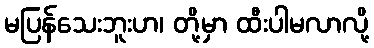
မပြန်သေးဘူးဟ၊ တို့မှာ ထီးပါမလာလို့